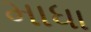
માધા